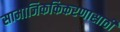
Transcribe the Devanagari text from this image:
सामाजिककिकरणासाठी